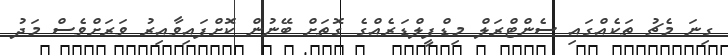
ގިނަ މެޗު ތަކެއްގައި ސެންޓްރަލް މިޑްފީލްޑަރެއްގެ ގޮތަށް ބޭނުން ކޮށްފައިވާއިރު ވަރަށްވެސް މަދު